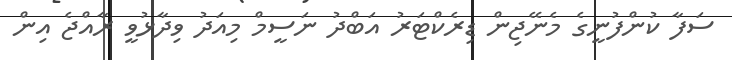
ސަފާ ކުންފުނީގެ މެނޭޖިން ޑިރެކްޓަރު އަބްދު ނަސީމް މިއަދު ވިދާޅުވީ ރާއްޖެ އިން